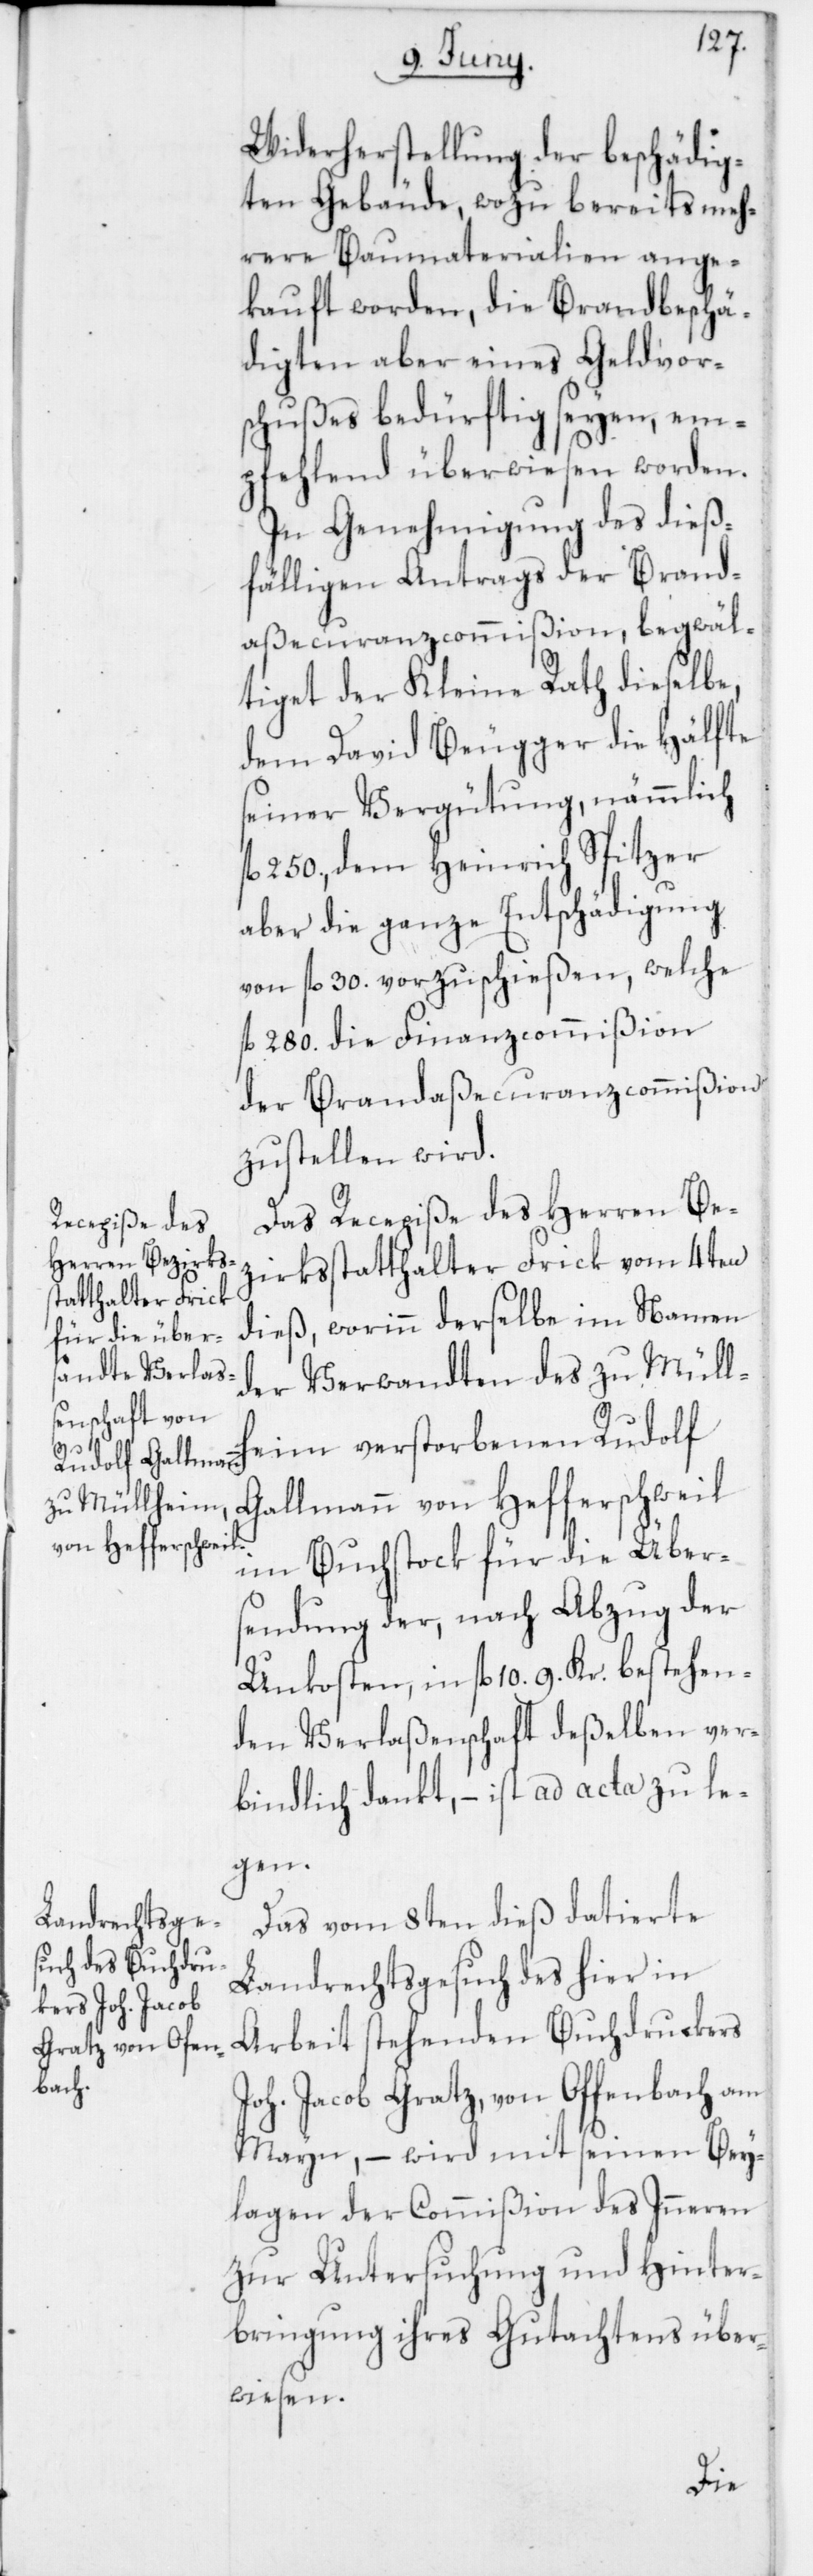
Widerherstellung der beschädig¬
ten Gebäude, wozu bereits meh¬
rere Baumaterialen ange¬
kauft worden, die Brandbeschä¬
digten aber eines Geldvor¬
schußes bedürftig seyen, em¬
pfehlend überwiesen worden.
In Genehmigung des dieß¬
fälligen Antrags der Brand¬
aßecuranzcommißion, begwäl¬
tiget der Kleine Rath dieselbe,
dem David Beugger die Hälfte
seiner Vergütung, nämmlich
fl. 250., dem Heinrich Spitzer
aber die ganze Entschädigung
von fl. 30. vorzuschießen, welche
280. die Finanzcommißion
der Brandaßecuranzcommißion
zustellen wird.
Das Recepiße des Herren Be¬
zirksstatthalter Frick vom 4ten
dieß, worinn derselbe im Namen
der Verwandten des zu Müllh¬
eim verstorbenen Rudolf
Gallmann von Hefferschweil
im Buchstock für die Übers¬
endung der, nach Abzug der
Unkosten, in fl. 10. 9. Kr. bestehen¬
den Verlaßenschaft deßelben ver¬
bindlich dankt, – ist ad acta zu le¬
gen.
Das vom 8ten dieß datierte
Landrechtsgesuch des hier in
Arbeit stehenden Buchdruckers
Joh. Jacob Gratz von Offenbach am
Mayn, – wird mit seinen Bey¬
lagen der Commißion des Inneren
zur Untersuchung und Hinter¬
bringung ihres Gutachtens über¬
wiesen.